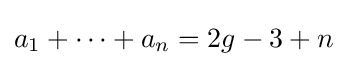
a_{1}+\cdots +a_{n}=2g-3+n